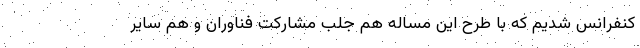
کنفرانس شدیم که با طرح این مساله هم جلب مشارکت فناوران و هم سایر